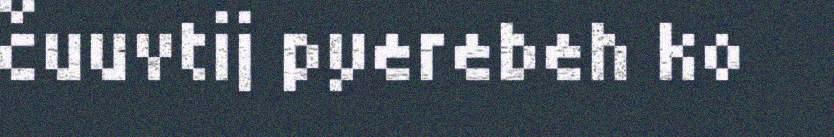
čuuvtij pyerebeh ko